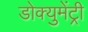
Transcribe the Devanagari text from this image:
डोक्युमेंट्री